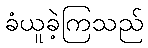
ခံယူခဲ့ကြသည်